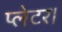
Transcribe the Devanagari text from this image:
प्लेटर।